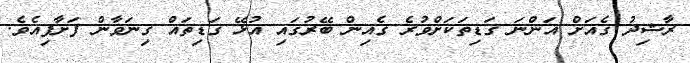
ރާޝިދު ގެއަށް އަންނަ ގަޑިތަކަށްވުރެ ގެއިން ބޭރުގައި އުޅޭ ގަޑިތައް ގިނަވާން ފަށާފިއެވެ.